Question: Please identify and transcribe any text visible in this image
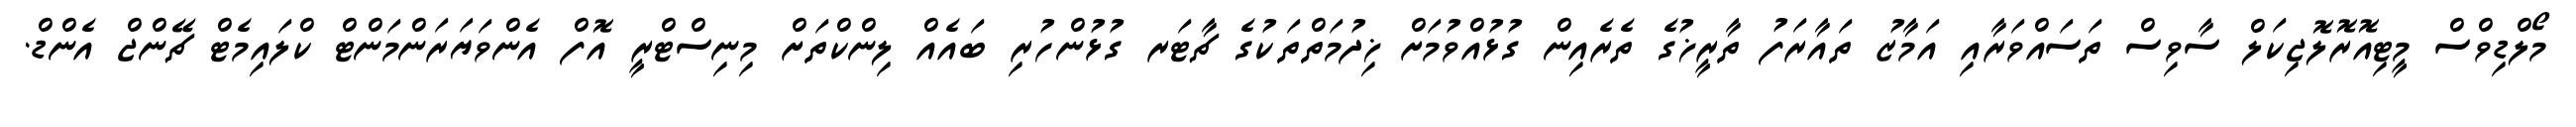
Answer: މޯލްޑިވްސް މީޓިއޮރޮލޮޖިކަލް ސާވިސް ތަސައްވަރާއި އަމާޒު ތައާރަފު ތާރީޚުގެ ތެރެއިން ގުޅުއްވުމަށް ޚިދުމަތްތަކުގެ ޗާޓަރ ގުޅުންހުރި ބައެއް ލިންކްތަށް މިނިސްޓްރީ އޮފް އެންވަޔަރަންމަންޓް ކްލައިމެޓް ޗޭންޖް އެންޑް.